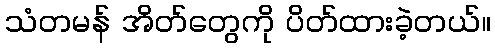
သံတမန် အိတ်တွေကို ပိတ်ထားခဲ့တယ်။